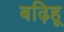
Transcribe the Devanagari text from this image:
बढ़िहू